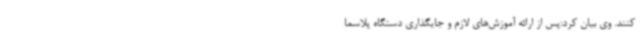
کنند. وی بیان کرد:پس از ارائه آموزش‌های لازم و جایگذاری دستگاه پلاسما